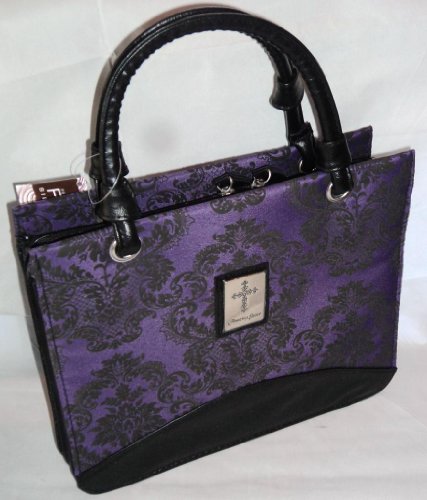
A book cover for Purse with Silver Cross Medium Black/Purple Bible Cover; Christian Books & Bibles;